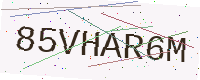
Text: 85VHAR6M